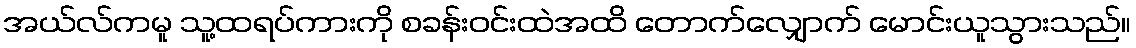
အယ်လ်ကမူ သူ့ထရပ်ကားကို စခန်းဝင်းထဲအထိ တောက်လျှောက် မောင်းယူသွားသည်။